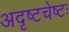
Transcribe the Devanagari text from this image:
अदृष्टचेष्टः